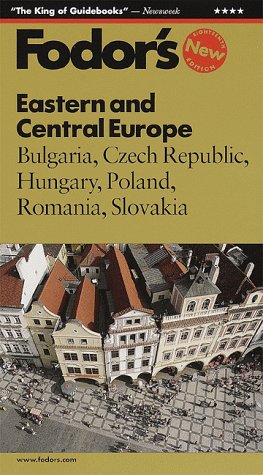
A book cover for Fodor's Eastern and Central Europe: Bulgaria, Czech Republic, Hungary, Poland, Romania, Slovakia; Fodor's; Travel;